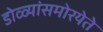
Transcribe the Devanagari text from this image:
डोळ्यांसमोरयेते